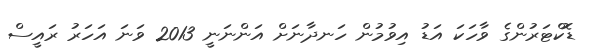
ޑޮކްޓަރުންގެ ވާހަކަ އަޑު އިވުމުން ހަނދާނަށް އަންނަނީ 2013 ވަނަ އަހަރު ރައީސް